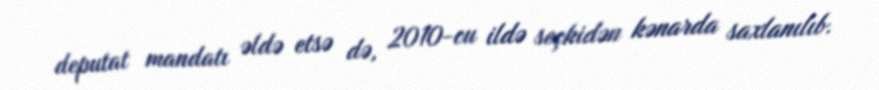
deputat mandatı əldə etsə də, 2010-cu ildə seçkidən kənarda saxlanılıb.